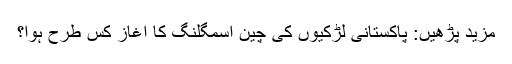
مزید پڑھیں: پاکستانی لڑکیوں کی چین اسمگلنگ کا آغاز کس طرح ہوا؟